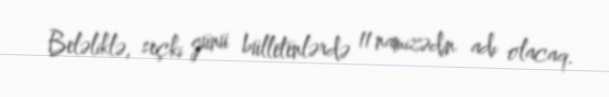
Beləliklə, seçki günü bülletenlərdə 11 namizədin adı olacaq.